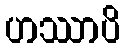
ဟဿာပိ